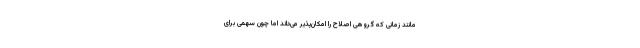
مانند زمانی که گروهی اصلاح را امکان‌پذیر می‌داند اما چون سهمی برای